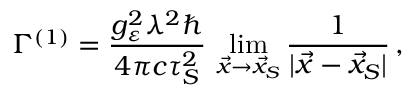
\Gamma ^ { ( 1 ) } = \frac { g _ { \varepsilon } ^ { 2 } \lambda ^ { 2 } \hbar } { 4 \pi c \tau _ { S } ^ { 2 } } \, \operatorname * { l i m } _ { \vec { x } \rightarrow \vec { x } _ { S } } \frac { 1 } { | \vec { x } - \vec { x } _ { S } | } \, ,